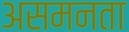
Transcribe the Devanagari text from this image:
असमनता